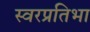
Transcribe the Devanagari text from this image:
स्वरप्रतिभा